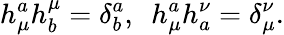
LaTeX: h_{\mu}^{a}h_{b}^{\mu}=\delta_{b}^{a},~~h_{\mu}^{a}h_{a}^{\nu}=\delta_{\mu}^{\nu}.